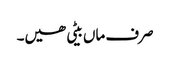
صرف ماں بیٹی ھیں۔